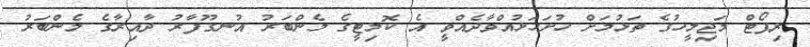
ރިޕޯޓް މަޖިލީހުގެ ތަޅުމަށް ހުށަހަޅުއްވާދެއްވީ އެ ކޮމިޓީގެ މެންބަރު އުނގޫފާރު ދާއިރާގެ މެންބަރު